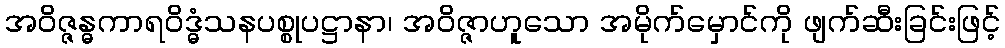
အဝိဇ္ဇန္ဓကာရဝိဒ္ဓံသနပစ္စုပဋ္ဌာနာ၊ အဝိဇ္ဇာဟူသော အမိုက်မှောင်ကို ဖျက်ဆီးခြင်းဖြင့်